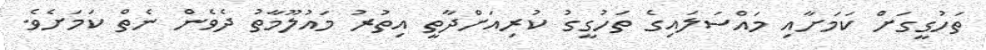
ތަހުގީގަށް ކަމަށާއި މައްސަލައިގެ ތަހުގީގު ކުރިއަށްދާތީ އިތުރު މައުލޫމާތު ދެވެން ނެތް ކަމަށެވެ.